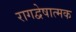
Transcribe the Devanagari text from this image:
रागद्वेषात्मक